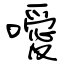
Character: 噯